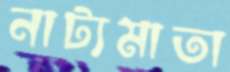
নাট্যমাতা